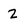
Character: 2